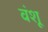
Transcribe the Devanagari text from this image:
वंशू